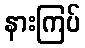
နားကြပ်